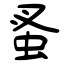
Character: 蚤